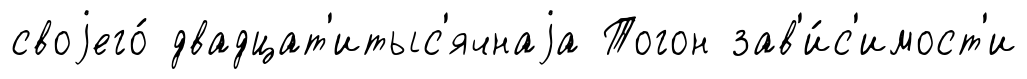
своjего́ двадцат'итыс'ячнаjа Тогон зав'и́с'имост'и